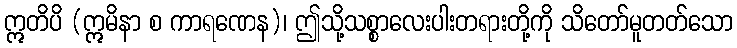
ဣတိပိ (ဣမိနာ စ ကာရဏေန)၊ ဤသို့သစ္စာလေးပါးတရားတို့ကို သိတော်မူတတ်သော